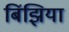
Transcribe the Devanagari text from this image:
बिंझिया